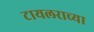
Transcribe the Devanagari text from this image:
टायलराच्या